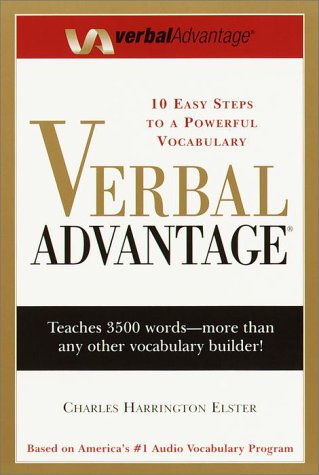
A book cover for Verbal Advantage: 10 Steps to a Powerful Vocabulary; Charles Harrington Elster; Reference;